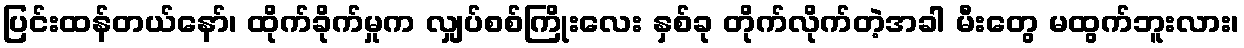
ပြင်းထန်တယ်နော်၊ ထိုက်ခိုက်မှုက လျှပ်စစ်ကြိုးလေး နှစ်ခု တိုက်လိုက်တဲ့အခါ မီးတွေ မထွက်ဘူးလား၊